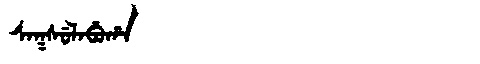
Manchu: ᠰᠠᡴᠰᡠᠯᠠᠪᡠᡥᠠ
Romanization: SAKSULABUHA